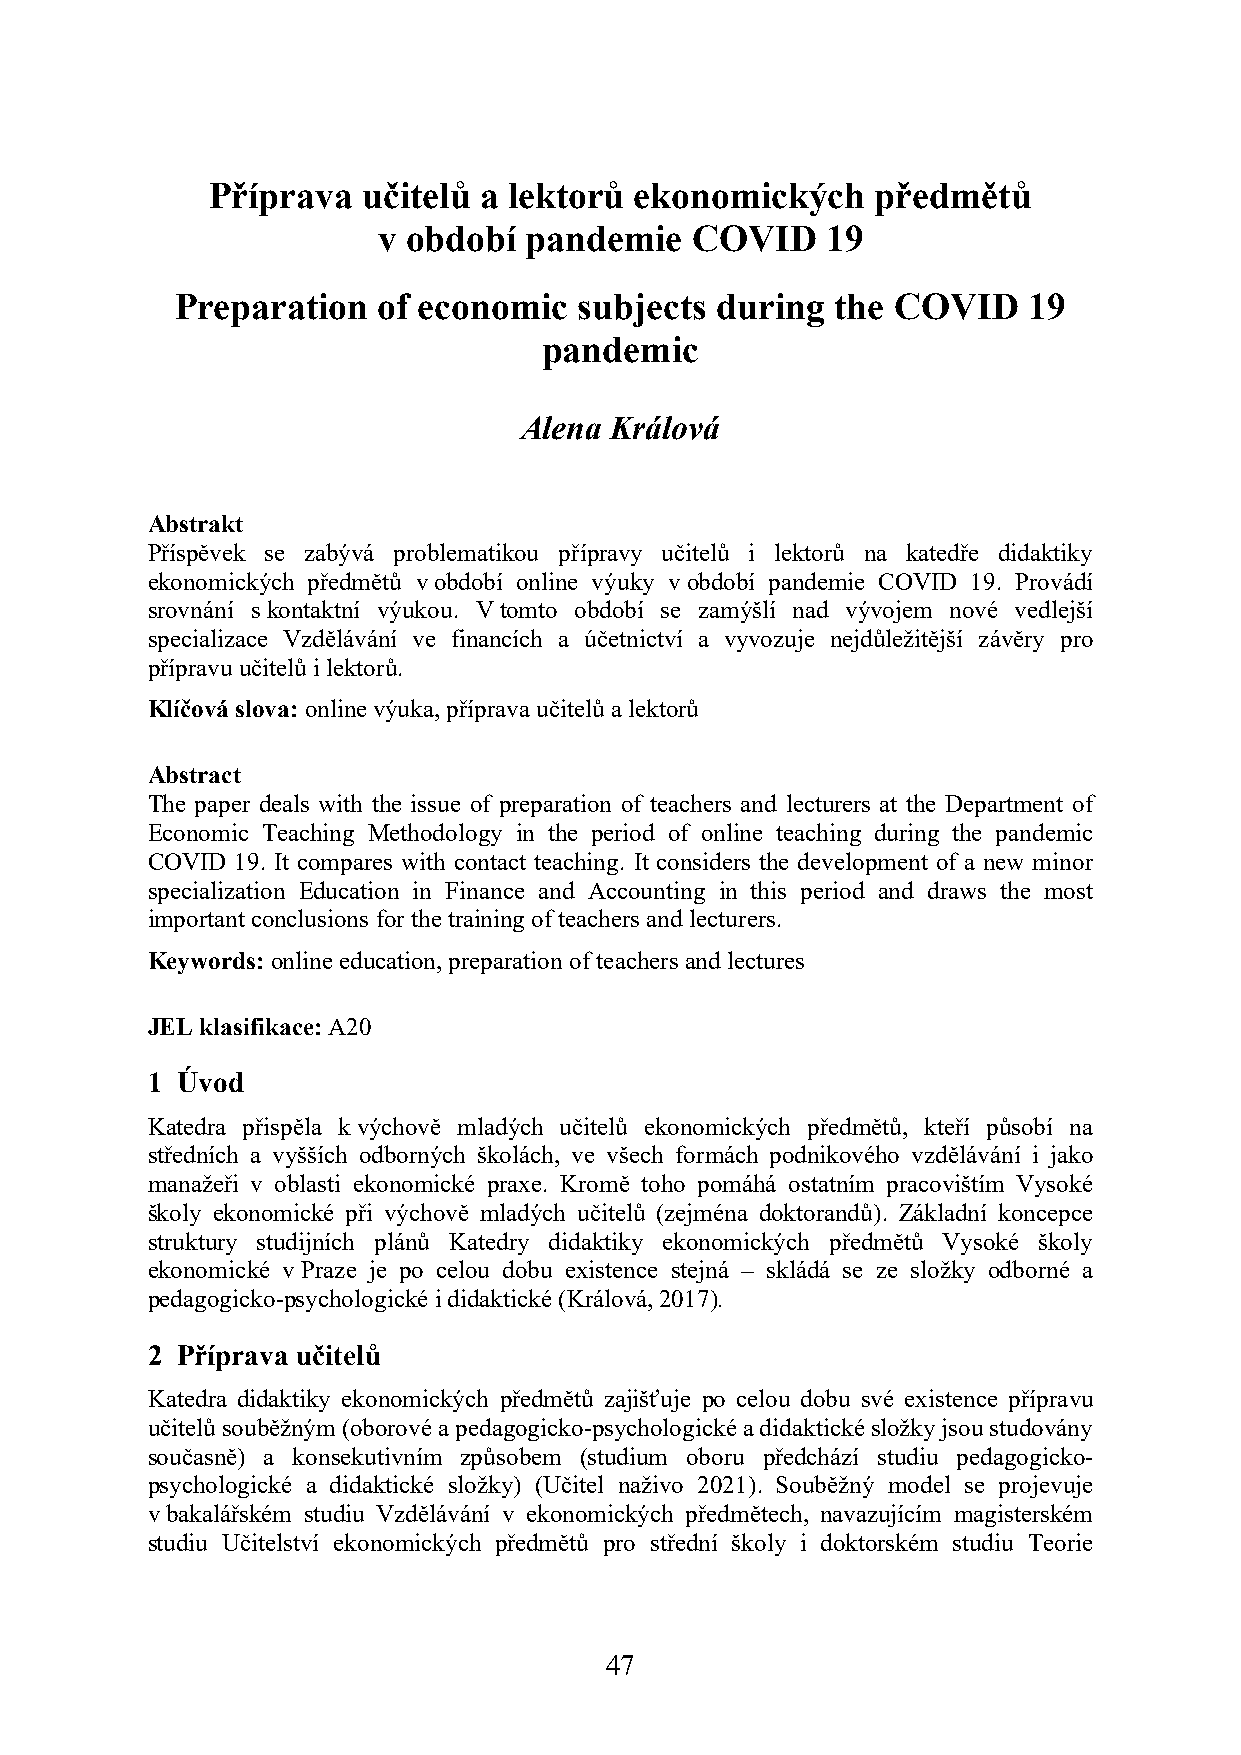
Příprava  učitelů a lektorů ekonomických    předmětů
 v období  pandemie   COVID    19
 Preparation  of economic  subjects during  the COVID    19
 pandemic
 Alena Králová
 Abstrakt
 Příspěvek se zabývá problematikou přípravy učitelů i lektorů na katedře didaktiky
 ekonomických předmětů v období online výuky v období pandemie COVID 19. Provádí
 srovnání s kontaktní výukou. V tomto období se zamýšlí nad vývojem nové vedlejší
 specializace Vzdělávání ve financích a účetnictví a vyvozuje nejdůležitější závěry pro
 přípravu učitelů i lektorů.
 Klíčová slova: online výuka, příprava učitelů a lektorů
 Abstract
 The paper deals with the issue of preparation of teachers and lecturers at the Department of
 Economic Teaching Methodology in the period of online teaching during the pandemic
 COVID 19. It compares with contact teaching. It considers the development of a new minor
 specialization Education in Finance and Accounting in this period and draws the most
 important conclusions for the training of teachers and lecturers.
 Keywords: online education, preparation of teachers and lectures
 JEL klasifikace: A20
 1 Úvod
 Katedra přispěla k výchově mladých učitelů ekonomických předmětů, kteří působí na
 středních a vyšších odborných školách, ve všech formách podnikového vzdělávání i jako
 manažeři v oblasti ekonomické praxe. Kromě toho pomáhá ostatním pracovištím Vysoké
 školy ekonomické při výchově mladých učitelů (zejména doktorandů). Základní koncepce
 struktury studijních plánů Katedry didaktiky ekonomických předmětů Vysoké školy
 ekonomické v Praze je po celou dobu existence stejná – skládá se ze složky odborné a
 pedagogicko-psychologické i didaktické (Králová, 2017).
 2 Příprava učitelů
 Katedra didaktiky ekonomických předmětů zajišťuje po celou dobu své existence přípravu
 učitelů souběžným (oborové a pedagogicko-psychologické a didaktické složky jsou studovány
 současně) a konsekutivním způsobem (studium oboru předchází studiu pedagogicko-
 psychologické a didaktické složky) (Učitel naživo 2021). Souběžný model se projevuje
 v bakalářském studiu Vzdělávání v ekonomických předmětech, navazujícím magisterském
 studiu Učitelství ekonomických předmětů pro střední školy i doktorském studiu Teorie
 47